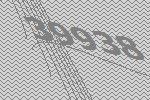
39938